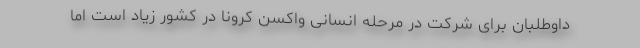
داوطلبان برای شرکت در مرحله انسانی واکسن کرونا در کشور زیاد است اما